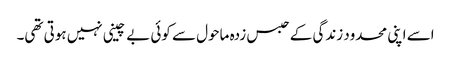
اسے اپنی محدود زندگی کے حبس زدہ ماحول سے کوئی بے چینی نہیں ہوتی تھی۔